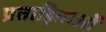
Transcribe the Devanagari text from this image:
प्रताड़िताओं